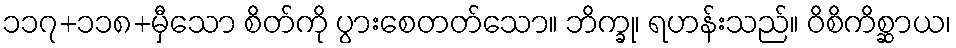
၁၁၇+၁၁၈+မှီသော စိတ်ကို ပွားစေတတ်သော။ ဘိက္ခု၊ ရဟန်းသည်။ ဝိစိကိစ္ဆာယ၊